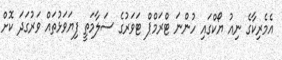
އެމެރިކާގެ ނިއު ޔޯކްގައި ހުންނަ ޓްރަމްޕް ޓަވަރުގެ ސަލާމަތީ ފިޔަވަޅުތައް ވަރުގަދަ ކޮށް